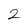
Character: 2